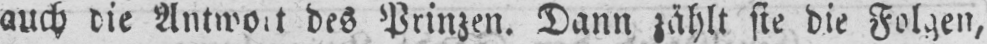
des Prinzen. Dann zählt sie die Folgen,